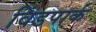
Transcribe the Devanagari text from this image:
विंडपार्क